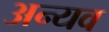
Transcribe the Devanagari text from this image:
अन्यव